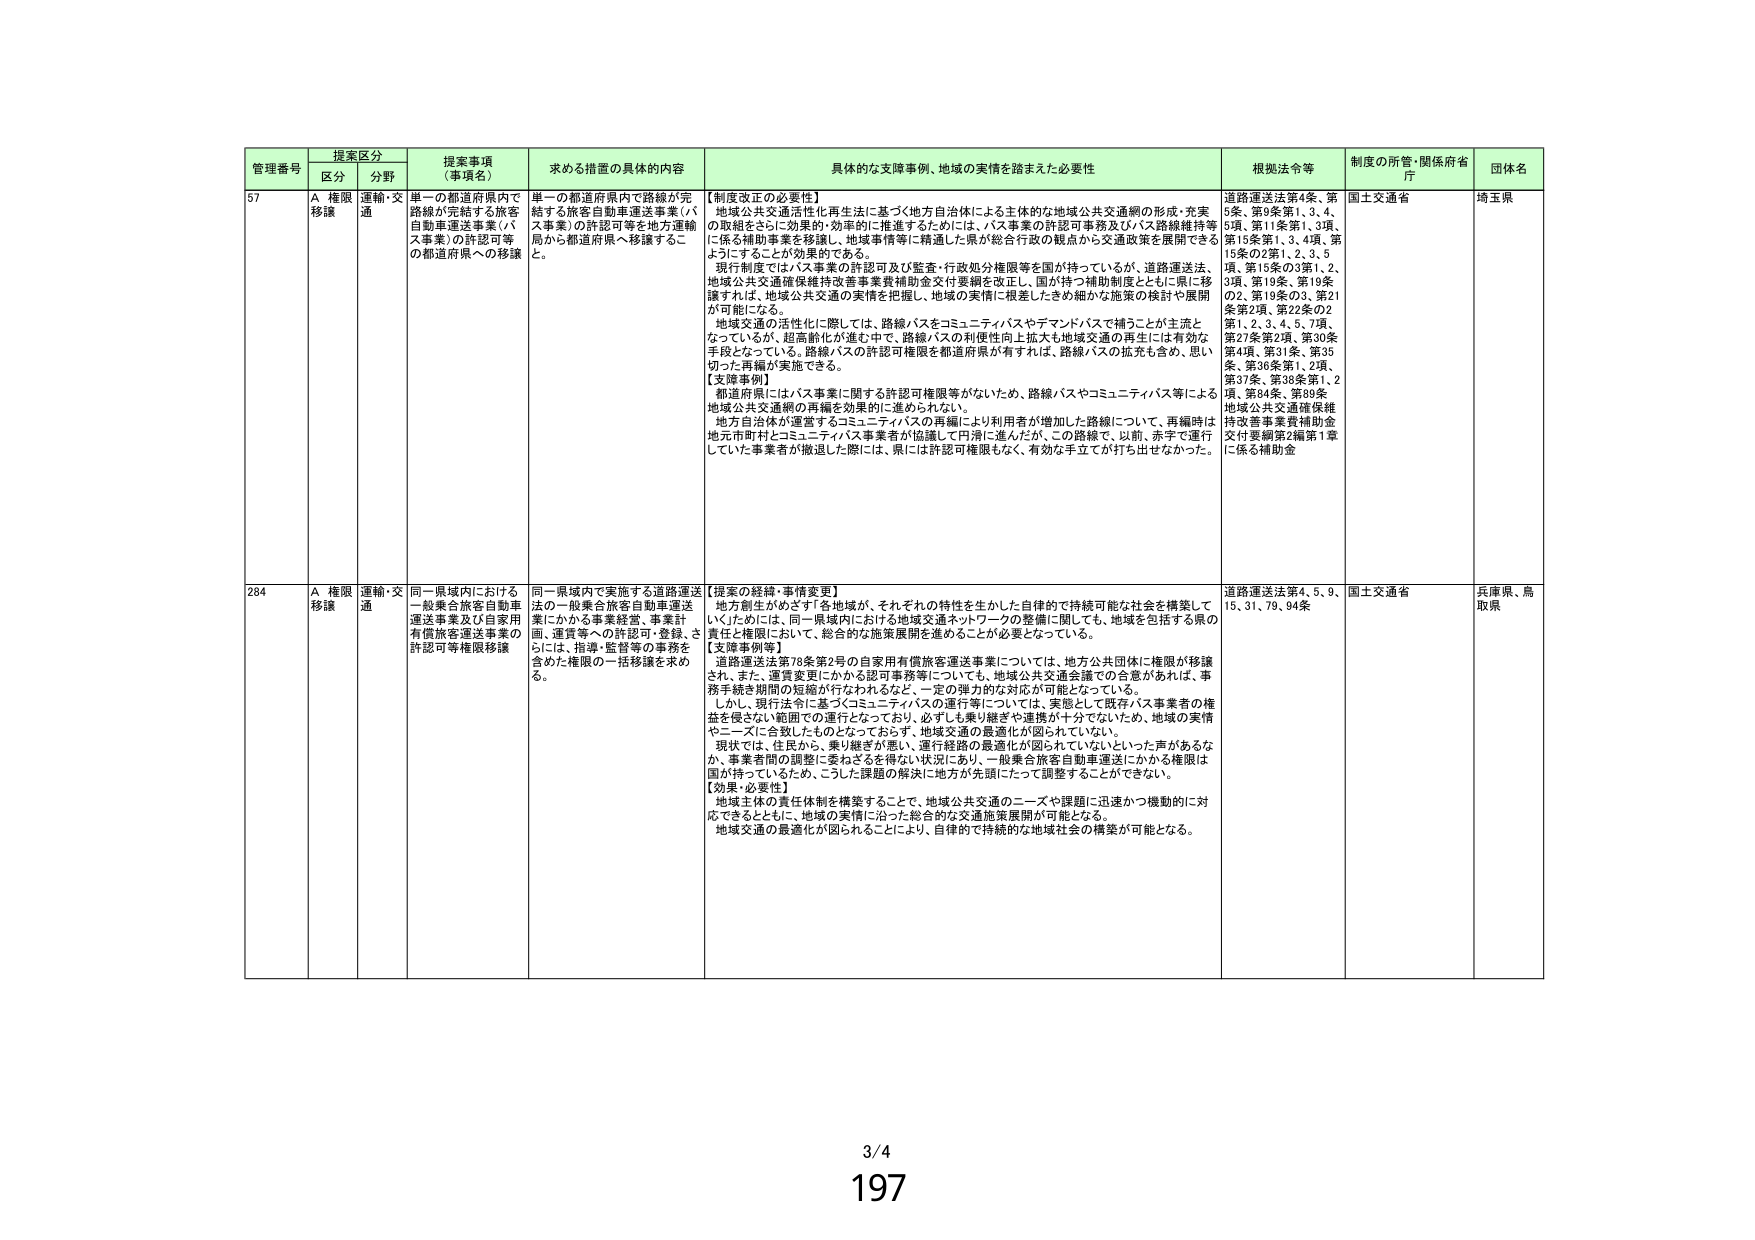
管理番号 提案区分 提案事項（事項名） 求める措置の具体的内容 具体的な支援事例、地域の実情を踏まえた必要性 根拠法令等 制度の所管・関係府省庁 団体名
区分 分野
57 A 権限移譲 運輸・交通 単一の都道府県内で路線が完結する旅客自動車運送事業（バス事業）の許認可等の都道府県への移譲 単一の都道府県内で路線が完結する旅客自動車運送事業（バス事業）の許認可等を地方運輸局から都道府県へ移譲すること。 【制度改正の必要性】 地域公共交通活性化再生法に基づく地方自治体による主体的な地域公共交通網の形成・充実の取組をさらに効果的・効率的に推進するためには、バス事業の許認可事務及びバス路線維持等に係る補助事業を移譲し、地域事情等に精通した県が総合行政の観点から交通政策を展開できるようにすることが効果的である。 現行制度ではバス事業の許認可及び監査・行政処分権限等を国が持っているが、道路運送法、地域公共交通確保維持改善事業費補助金交付要綱を改正し、国が持つ補助制度とともに県に移譲すれば、地域公共交通の実情を把握し、地域の実情に根差したきめ細かな施策の検討や展開が可能になる。 地域交通の活性化に際しては、路線バスをコミュニティバスやデマンドバスで補うことが主流となっているが、超高齢化が進む中で、路線バスの利便性向上拡大も地域交通の再生には有効な手段となっている。路線バスの許認可権限を都道府県が有すれば、路線バスの拡充も含め、思い切った再編が実施できる。 【支援事例】 都道府県にはバス事業に関する許認可権限等がないため、路線バスやコミュニティバス等による地域公共交通網の再編を効果的に進められない。 地方自治体が運営するコミュニティバスの再編により利用者が増加した路線について、再編時は地元市町村とコミュニティバス事業者が協議して円滑に進んだが、この路線で、以前、赤字で運行していた事業者が撤退した際には、県には許認可権限もなく、有効な手立てが打ち出せなかった。 道路運送法第4条、第5条、第9条第1、3、4、6項、第11条第1、3項、第15条第1、3、4項、第15条の2第1、2、3、5項、第15条の3第1、2、3項、第19条、第19条の2、第19条の3、第21条第2項、第22条の2第1、2、3、4、5、7項、第27条第2項、第30条第4項、第31条、第35条、第36条第1、2項、第37条、第38条第1、2項、第64条、第89条 地域公共交通確保維持改善事業費補助金交付要綱第2編第1章に係る補助金 国土交通省 埼玉県
284 A 権限移譲 運輸・交通 同一県域内における一般乗合旅客自動車運送事業及び自家用有償旅客運送事業の許認可等権限移譲 同一県域内で実施する道路運送法の一般乗合旅客自動車運送業にかかる事業経営、事業計画、運賃等への許認可・登録、さらには、指導・監督等の事務を含めた権限の一括移譲を求める。 【提案の経緯・事情変更】 地方創生がめざす「各地域が、それぞれの特性を生かした自律的で持続可能な社会を構築していくためには、同一県域内における地域交通ネットワークの整備に関しても、地域を包括する県の責任と権限において、総合的な施策展開を進めることが必要となっている。 【支援事例等】 道路運送法第78条第2号の自家用有償旅客運送事業については、地方公共団体に権限が移譲され、また、運賃変更にかかる認可事務等についても、地域公共交通会議での合意があれば、事務手続き期間の短縮が行なわれるなど、一定の弾力的な対応が可能となっている。 しかし、現行法令に基づくコミュニティバスの運行等については、実態としては既存バス事業者の権益を侵さない範囲での運行となっており、必ずしも乗り継ぎや連携が十分でないため、地域の実情やニーズに合致したものとなっておらず、地域交通の最適化が図られていない。 現状では、住民から、乗り継ぎが悪い、運行経路の最適化が図れていないといった声があるなか、事業者間の調整に委ねざるを得ない状況にあり、一般乗合旅客自動車運送にかかる権限は国が持っているため、こうした課題の解決に地方が先頭にたって調整することができない。 【効果・必要性】 地域主体の責任体制を構築することで、地域公共交通のニーズや課題に迅速かつ機動的に対応できるとともに、地域の実情に沿った総合的な交通施策展開が可能となる。 地域交通の最適化が図られることにより、自律的で持続的な地域社会の構築が可能となる。 道路運送法第4、5、9、15、31、79、94条 国土交通省 兵庫県、鳥取県
3/4
197